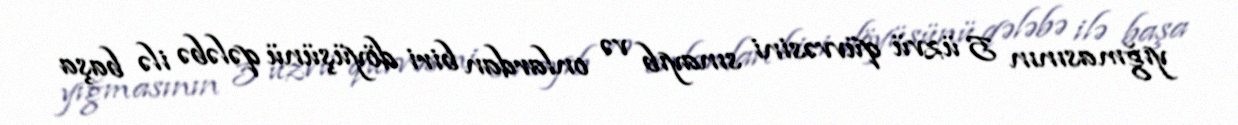
yığmasının 5 üzvü qüvvəsini sınayıb və onlardan biri döyüşünü qələbə ilə başa